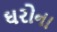
ઘરોના